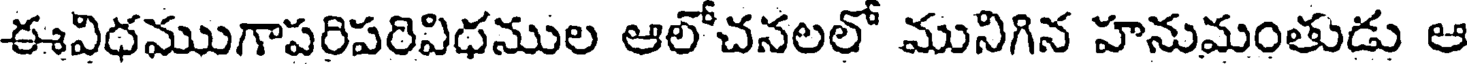
ఈవిధముగాపరిపరివిధముల ఆలోచనలలో మునిగిన హనుమంతుడు ఆ